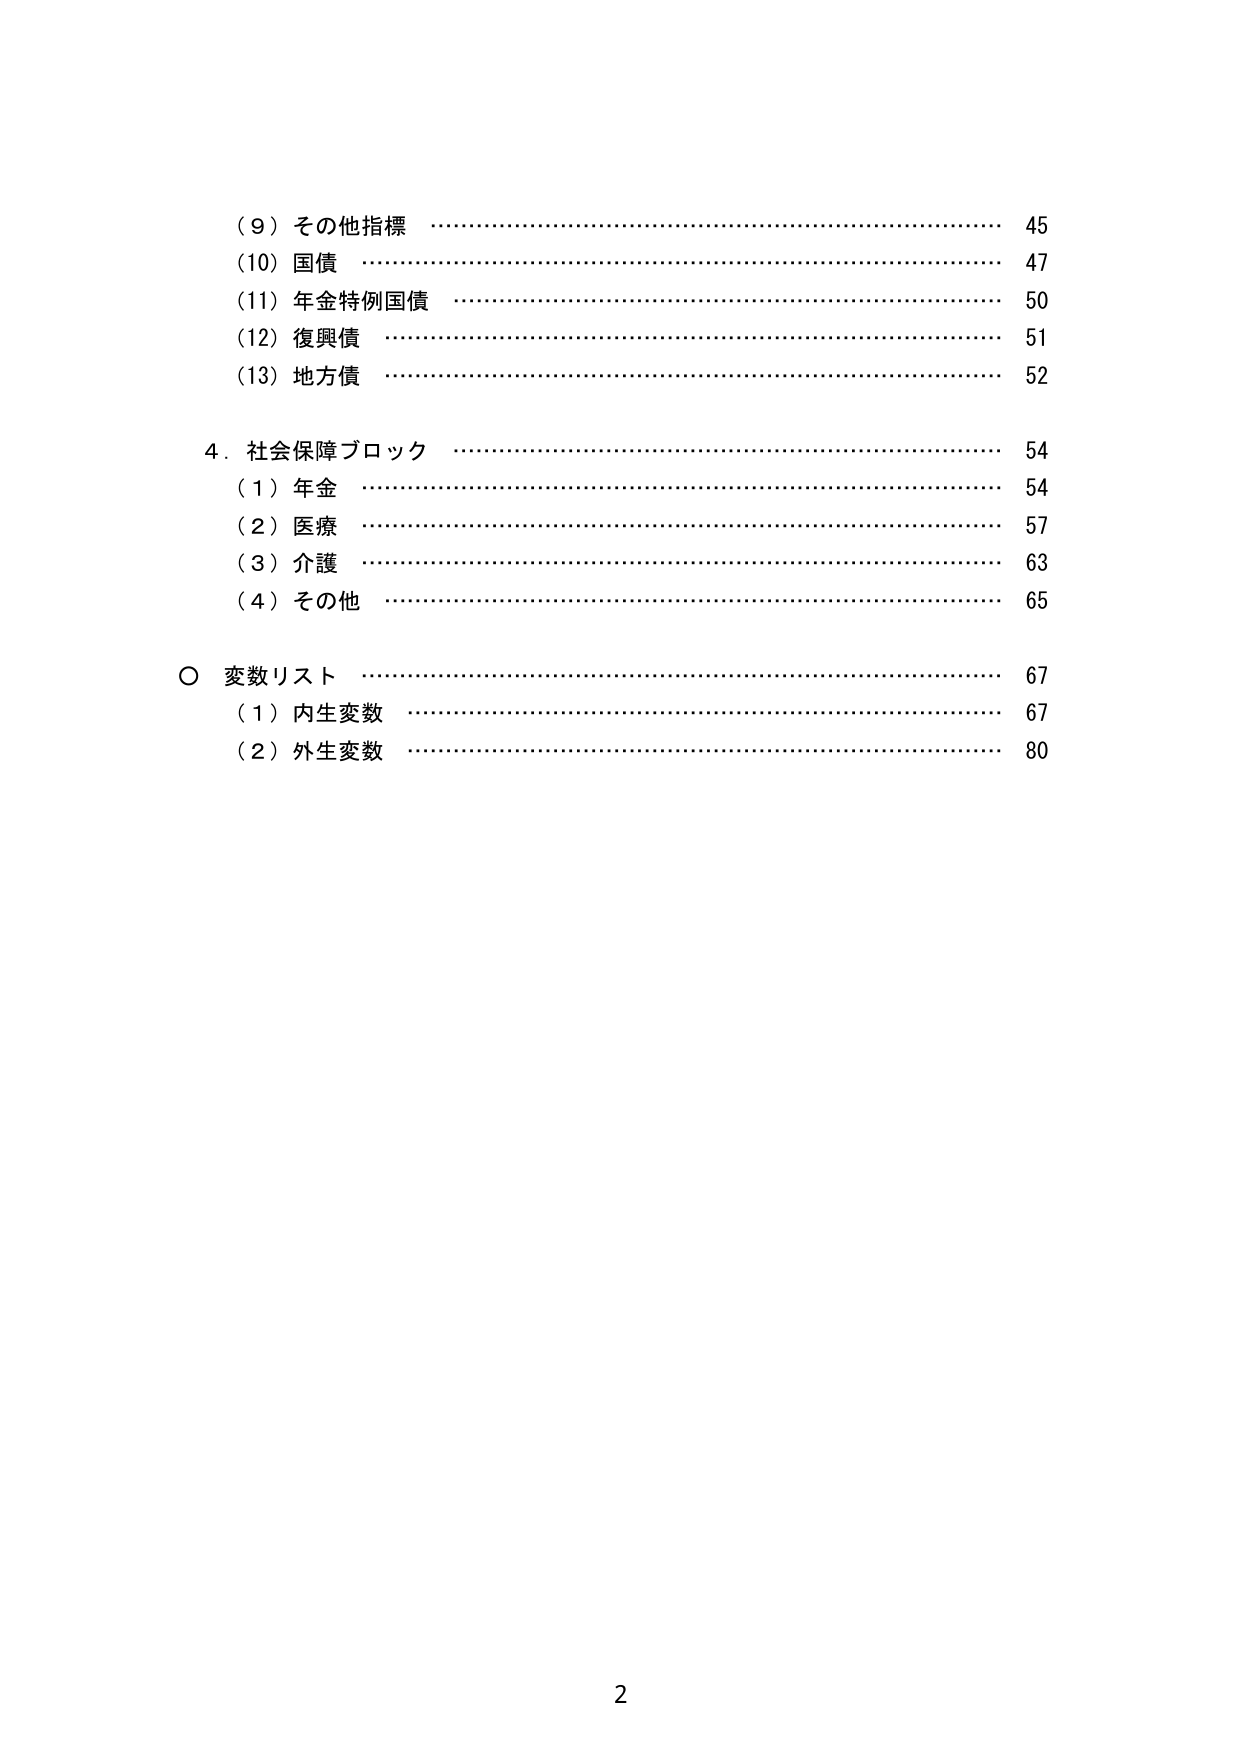
（９）その他指標 ……………………………………………………………… 45
（10）国債 …………………………………………………………………… 47
（11）年金特例国債 ………………………………………………………… 50
（12）復興債 ………………………………………………………………… 51
（13）地方債 ………………………………………………………………… 52

４．社会保障ブロック ……………………………………………………… 54
　（１）年金 ………………………………………………………………… 54
　（２）医療 ………………………………………………………………… 57
　（３）介護 ………………………………………………………………… 63
　（４）その他 ……………………………………………………………… 65

○ 変数リスト ……………………………………………………………… 67
　（１）内生変数 …………………………………………………………… 67
　（２）外生変数 …………………………………………………………… 80

2